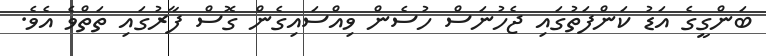
ބަންގީގެ އަޑު ކަންފަތުގައި ޖެހުނަސް ހުސެން ވިއްސައިގެން ގޮސް ފާރުގައި ތަތްވެ އެވެ.